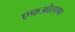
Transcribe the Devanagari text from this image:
एफओएएफ